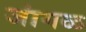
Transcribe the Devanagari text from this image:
जांगळ